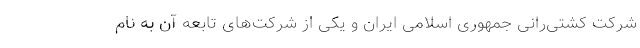
شرکت کشتی‌رانی جمهوری اسلامی ایران و یکی از شرکت‌های تابعه آن به نام